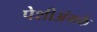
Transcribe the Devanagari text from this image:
पेशीअंगके